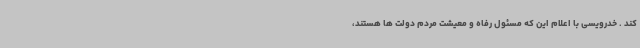
کند . خدرویسی با اعلام این که مسئول رفاه و معیشت مردم دولت ها هستند،